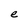
Character: e